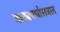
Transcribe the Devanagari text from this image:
नाट्यचर्चासत्रात